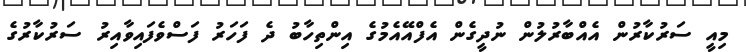
މިއީ ސަރުކާރުން އެއްބާރުލުން ނުދީގެން އެފްއޭއެމުގެ އިންތިހާބު ދެ ފަހަރު ފަސްވެފައިވާއިރު ސަރުކާރުގެ